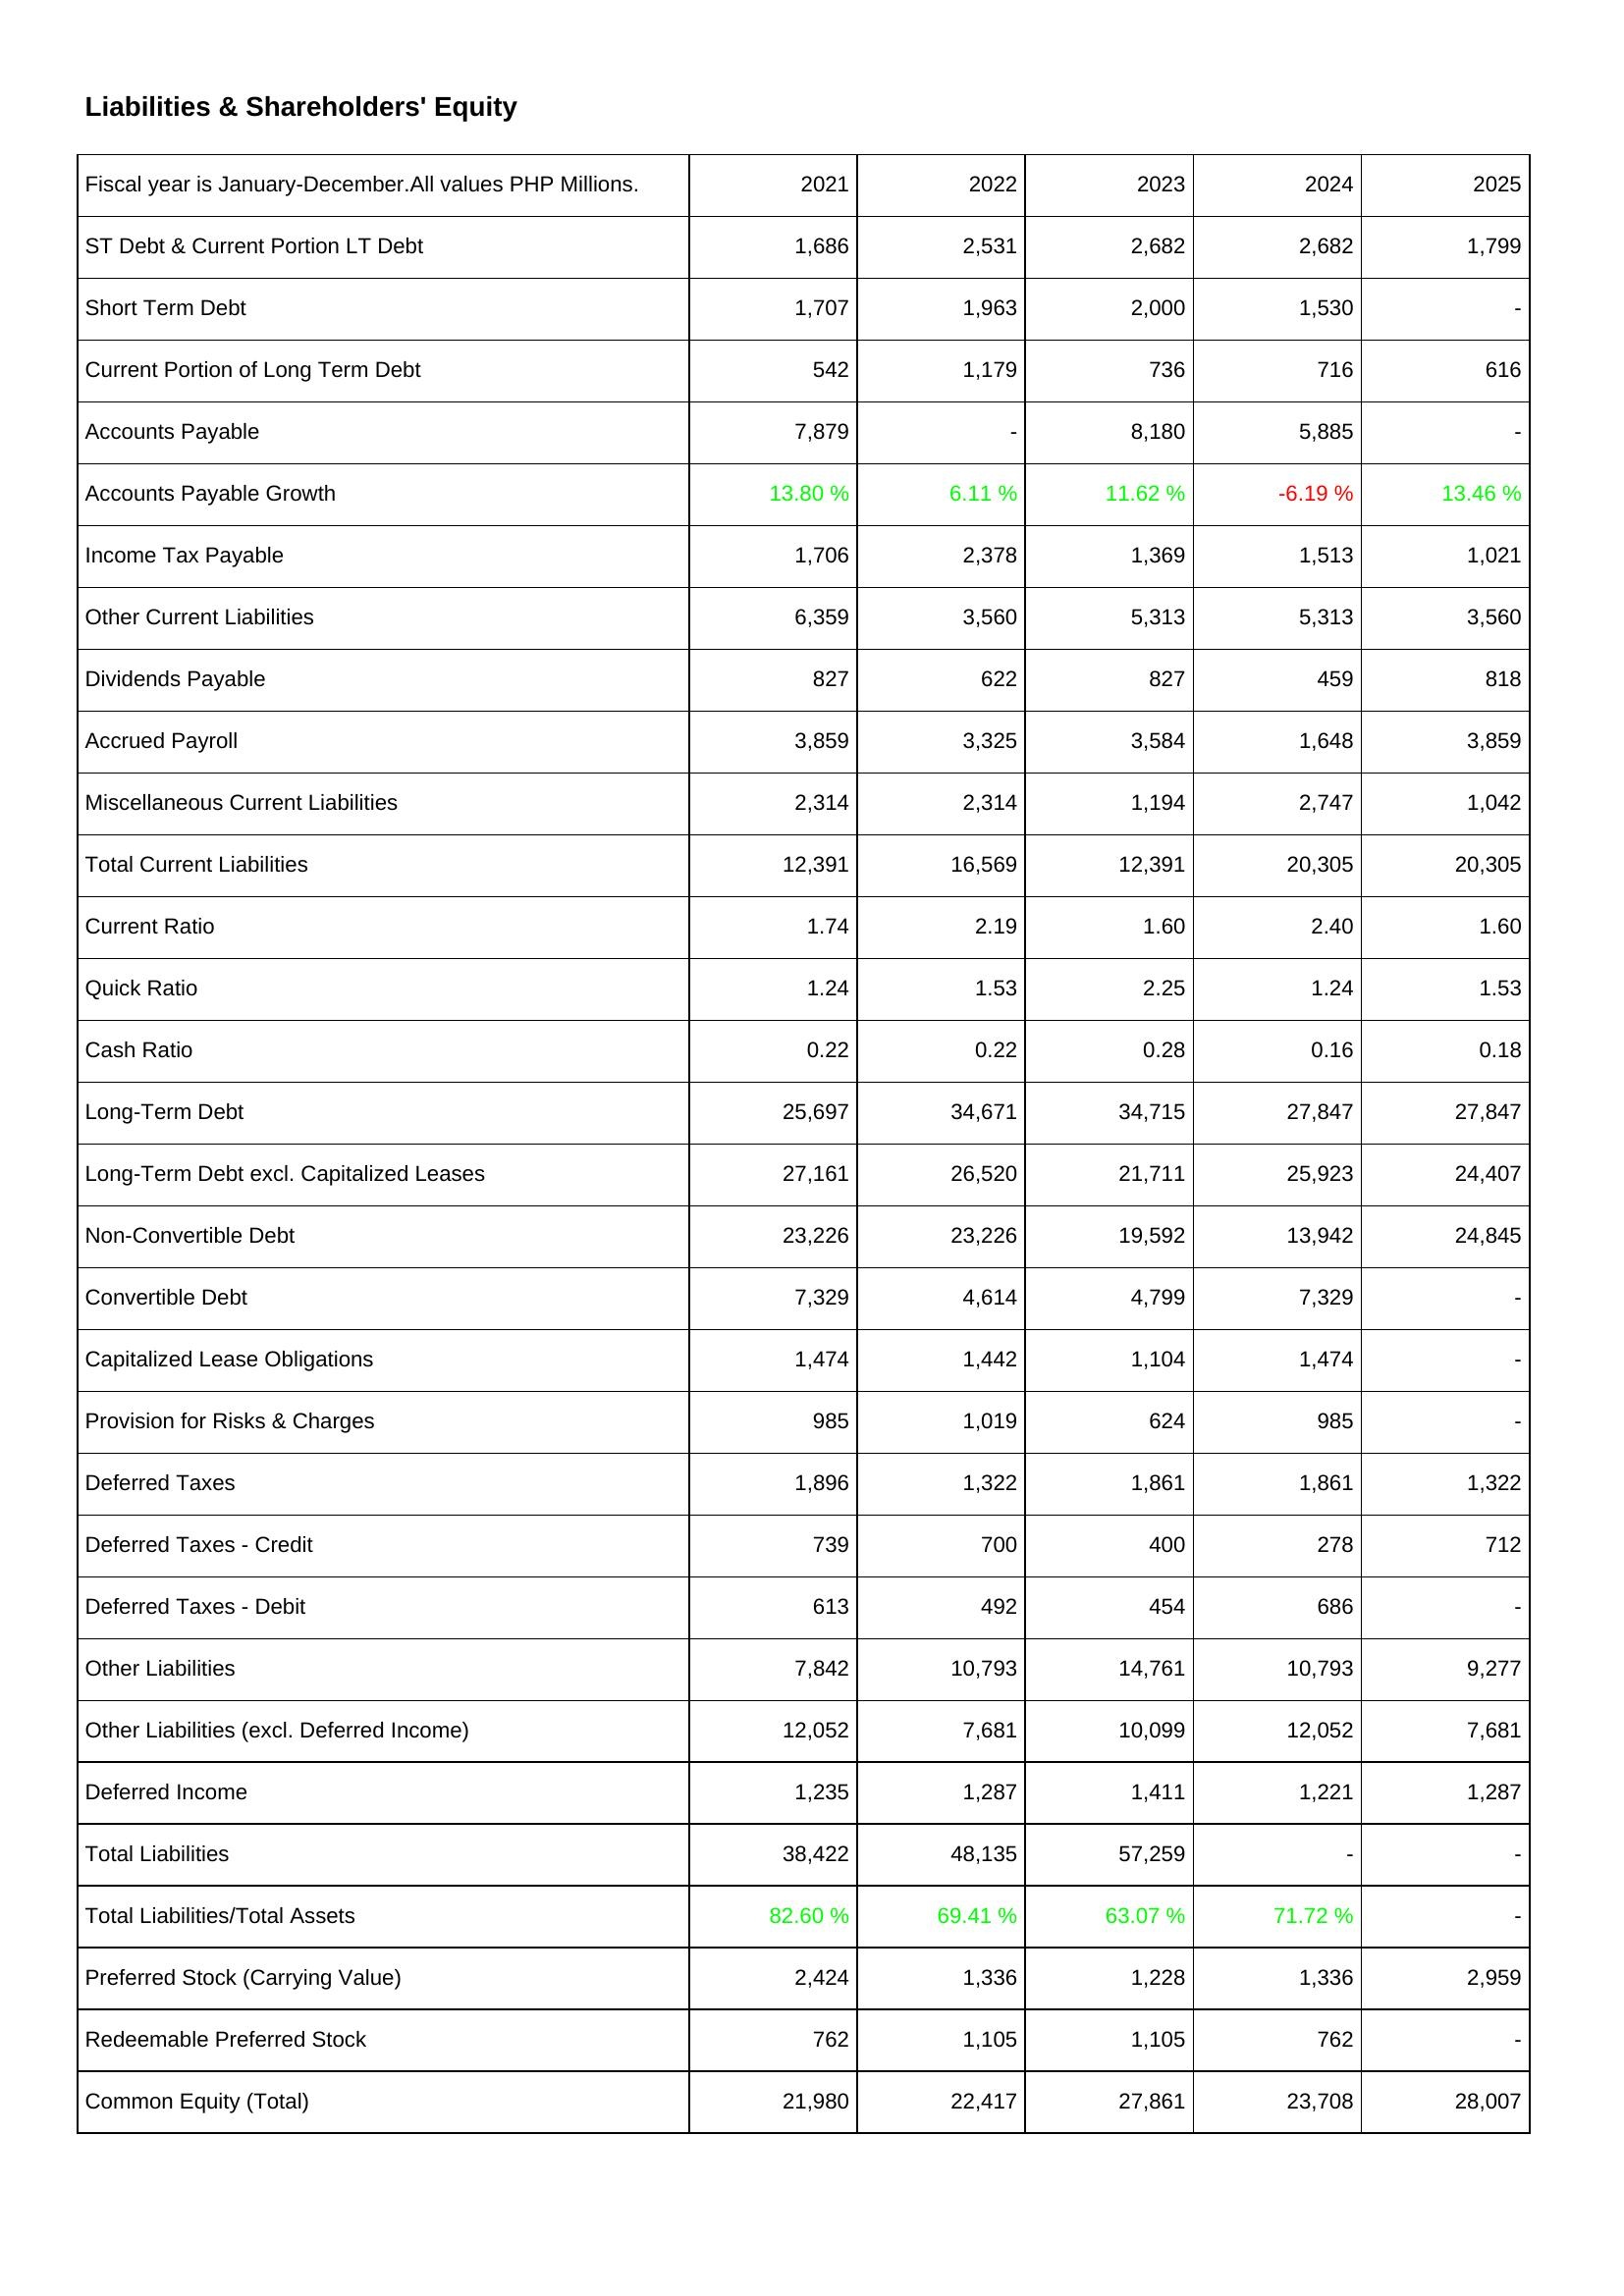
2021: Liabilities & Shareholders' Equity: ST Debt & Current Portion LT Debt: 1,686
Short Term Debt: 1,707
Current Portion of Long Term Debt: 542
Accounts Payable: 7,879
Accounts Payable Growth: 13.80 %
Income Tax Payable: 1,706
Other Current Liabilities: 6,359
Dividends Payable: 827
Accrued Payroll: 3,859
Miscellaneous Current Liabilities: 2,314
Total Current Liabilities: 12,391
Current Ratio: 1.74
Quick Ratio: 1.24
Cash Ratio: 0.22
Long-Term Debt: 25,697
Long-Term Debt excl. Capitalized Leases: 27,161
Non-Convertible Debt: 23,226
Convertible Debt: 7,329
Capitalized Lease Obligations: 1,474
Provision for Risks & Charges: 985
Deferred Taxes: 1,896
Deferred Taxes - Credit: 739
Deferred Taxes - Debit: 613
Other Liabilities: 7,842
Other Liabilities (excl. Deferred Income): 12,052
Deferred Income: 1,235
Total Liabilities: 38,422
Total Liabilities/Total Assets: 82.60 %
Preferred Stock (Carrying Value): 2,424
Redeemable Preferred Stock: 762
Common Equity (Total): 21,980
2022: Liabilities & Shareholders' Equity: ST Debt & Current Portion LT Debt: 2,531
Short Term Debt: 1,963
Current Portion of Long Term Debt: 1,179
Accounts Payable: -
Accounts Payable Growth: 6.11 %
Income Tax Payable: 2,378
Other Current Liabilities: 3,560
Dividends Payable: 622
Accrued Payroll: 3,325
Miscellaneous Current Liabilities: 2,314
Total Current Liabilities: 16,569
Current Ratio: 2.19
Quick Ratio: 1.53
Cash Ratio: 0.22
Long-Term Debt: 34,671
Long-Term Debt excl. Capitalized Leases: 26,520
Non-Convertible Debt: 23,226
Convertible Debt: 4,614
Capitalized Lease Obligations: 1,442
Provision for Risks & Charges: 1,019
Deferred Taxes: 1,322
Deferred Taxes - Credit: 700
Deferred Taxes - Debit: 492
Other Liabilities: 10,793
Other Liabilities (excl. Deferred Income): 7,681
Deferred Income: 1,287
Total Liabilities: 48,135
Total Liabilities/Total Assets: 69.41 %
Preferred Stock (Carrying Value): 1,336
Redeemable Preferred Stock: 1,105
Common Equity (Total): 22,417
2023: Liabilities & Shareholders' Equity: ST Debt & Current Portion LT Debt: 2,682
Short Term Debt: 2,000
Current Portion of Long Term Debt: 736
Accounts Payable: 8,180
Accounts Payable Growth: 11.62 %
Income Tax Payable: 1,369
Other Current Liabilities: 5,313
Dividends Payable: 827
Accrued Payroll: 3,584
Miscellaneous Current Liabilities: 1,194
Total Current Liabilities: 12,391
Current Ratio: 1.60
Quick Ratio: 2.25
Cash Ratio: 0.28
Long-Term Debt: 34,715
Long-Term Debt excl. Capitalized Leases: 21,711
Non-Convertible Debt: 19,592
Convertible Debt: 4,799
Capitalized Lease Obligations: 1,104
Provision for Risks & Charges: 624
Deferred Taxes: 1,861
Deferred Taxes - Credit: 400
Deferred Taxes - Debit: 454
Other Liabilities: 14,761
Other Liabilities (excl. Deferred Income): 10,099
Deferred Income: 1,411
Total Liabilities: 57,259
Total Liabilities/Total Assets: 63.07 %
Preferred Stock (Carrying Value): 1,228
Redeemable Preferred Stock: 1,105
Common Equity (Total): 27,861
2024: Liabilities & Shareholders' Equity: ST Debt & Current Portion LT Debt: 2,682
Short Term Debt: 1,530
Current Portion of Long Term Debt: 716
Accounts Payable: 5,885
Accounts Payable Growth: -6.19 %
Income Tax Payable: 1,513
Other Current Liabilities: 5,313
Dividends Payable: 459
Accrued Payroll: 1,648
Miscellaneous Current Liabilities: 2,747
Total Current Liabilities: 20,305
Current Ratio: 2.40
Quick Ratio: 1.24
Cash Ratio: 0.16
Long-Term Debt: 27,847
Long-Term Debt excl. Capitalized Leases: 25,923
Non-Convertible Debt: 13,942
Convertible Debt: 7,329
Capitalized Lease Obligations: 1,474
Provision for Risks & Charges: 985
Deferred Taxes: 1,861
Deferred Taxes - Credit: 278
Deferred Taxes - Debit: 686
Other Liabilities: 10,793
Other Liabilities (excl. Deferred Income): 12,052
Deferred Income: 1,221
Total Liabilities: -
Total Liabilities/Total Assets: 71.72 %
Preferred Stock (Carrying Value): 1,336
Redeemable Preferred Stock: 762
Common Equity (Total): 23,708
2025: Liabilities & Shareholders' Equity: ST Debt & Current Portion LT Debt: 1,799
Short Term Debt: -
Current Portion of Long Term Debt: 616
Accounts Payable: -
Accounts Payable Growth: 13.46 %
Income Tax Payable: 1,021
Other Current Liabilities: 3,560
Dividends Payable: 818
Accrued Payroll: 3,859
Miscellaneous Current Liabilities: 1,042
Total Current Liabilities: 20,305
Current Ratio: 1.60
Quick Ratio: 1.53
Cash Ratio: 0.18
Long-Term Debt: 27,847
Long-Term Debt excl. Capitalized Leases: 24,407
Non-Convertible Debt: 24,845
Convertible Debt: -
Capitalized Lease Obligations: -
Provision for Risks & Charges: -
Deferred Taxes: 1,322
Deferred Taxes - Credit: 712
Deferred Taxes - Debit: -
Other Liabilities: 9,277
Other Liabilities (excl. Deferred Income): 7,681
Deferred Income: 1,287
Total Liabilities: -
Total Liabilities/Total Assets: -
Preferred Stock (Carrying Value): 2,959
Redeemable Preferred Stock: -
Common Equity (Total): 28,007